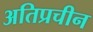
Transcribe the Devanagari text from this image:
अतिप्रचीन